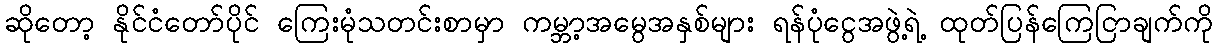
ဆိုတော့ နိုင်ငံတော်ပိုင် ကြေးမုံသတင်းစာမှာ ကမ္ဘာ့အမွေအနှစ်များ ရန်ပုံငွေအဖွဲ့ရဲ့ ထုတ်ပြန်ကြေငြာချက်ကို